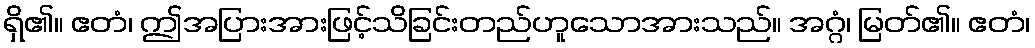
ရှိ၏။ ဧတံ၊ ဤအပြားအားဖြင့်သိခြင်းတည်ဟူသောအားသည်။ အဂ္ဂံ၊ မြတ်၏။ ဧတံ၊